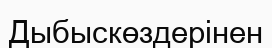
Дыбыскөздерінен